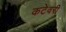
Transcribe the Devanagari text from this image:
कटेवरी